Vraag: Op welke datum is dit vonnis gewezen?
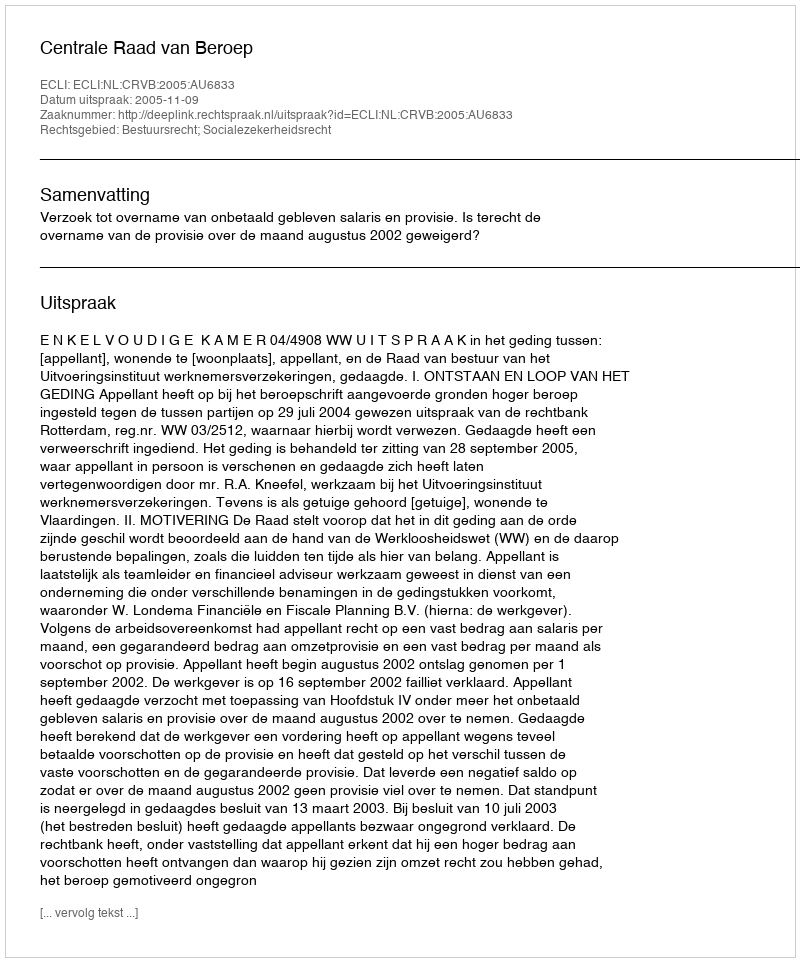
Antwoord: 2005-11-09